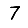
Digit: 7